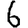
Digit: 6